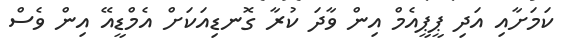
ކަމަށާއި އަދި ޕީޕީއެމް އިން ވާދަ ކުރާ ގޮނޑިއަކަށް އެމްޑީއޭ އިން ވެސް